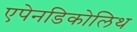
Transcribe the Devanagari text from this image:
एपेनडिकोलिथ